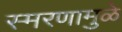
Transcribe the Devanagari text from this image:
स्‍मरणामुळे